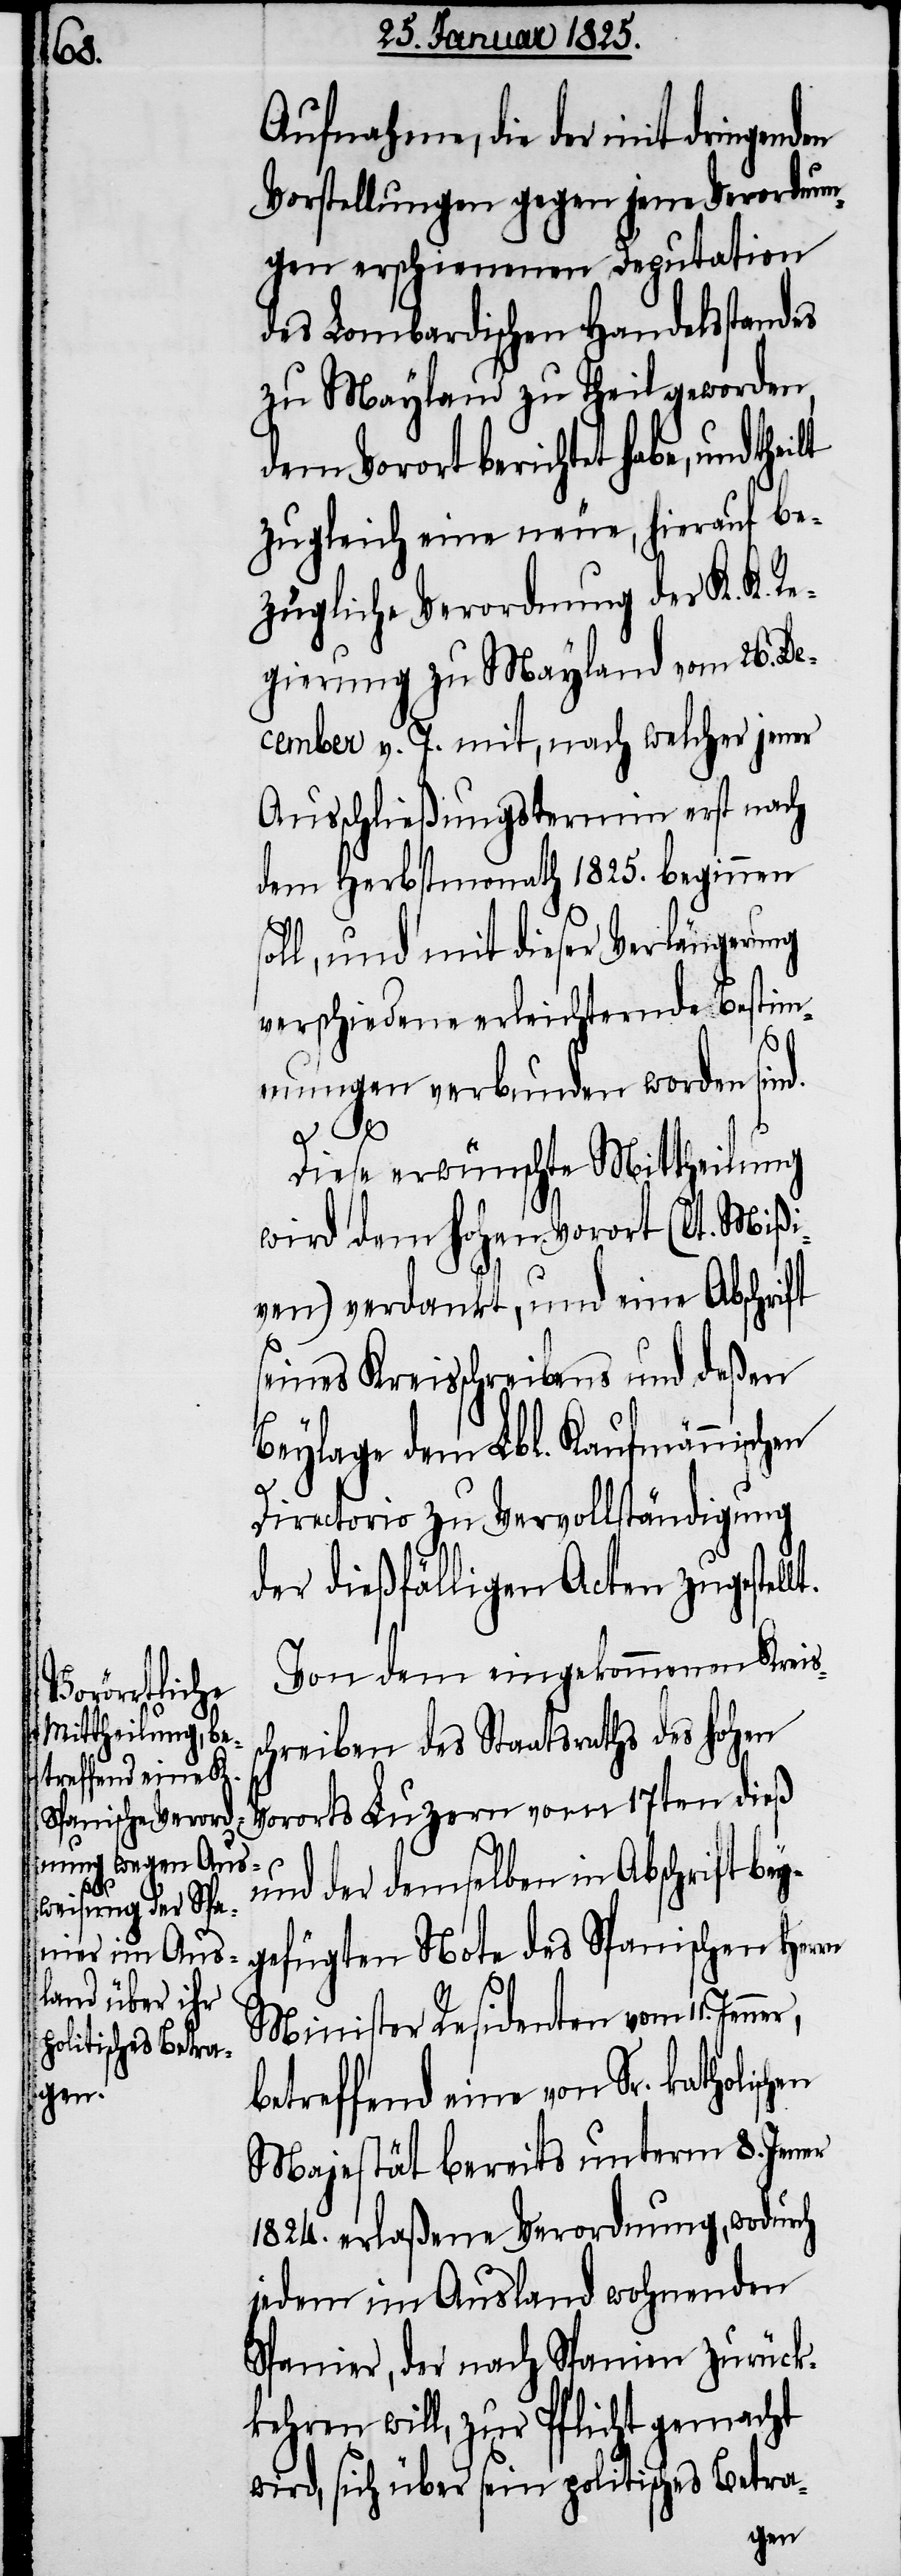
Aufnahme, die der mit dringend¬
Vorstellungen gegen jene Verordnun¬
gen erschienenen Deputation
des Lombardischen Handelsstandes
zu Mayland zu Theil geworden,
dem Vorort berichtet habe, und the¬
zugleich eine neue, hierauf be¬
zügliche Verordnung der K. K. Re¬
gierung zu Mayland vom 26. De¬
cember v. J. mit, nach welcher jener
Ausschließungstermin erst nach
dem Herbstmonath 1825. beginnen
soll, und mit dieser Verlängerung
verschiedene erleichternde Bestim¬
mungen verbunden worden sind.
Diese erwünschte Mittheilung
wird dem hohen Vorort (lt. Mißi¬
ven) verdankt, und eine Abschrift
seines Kreisschreibens und deßen
Beylage dem Lbl. Kaufmännischen
Directorio zu Vervollständigung
der dießfälligen Acten zugestell¬
Von dem eingekommenen Kreis¬
chreiben des Staatsraths des hohen
Vororts Luzern vom 17ten dieß
Spanischen Herrn
und der demselben in Abschrift bey¬
ner,
Minister Residenten vom 11. Jen¬
betreffend eine von Sr. katholi¬
schen
Majestät bereits unterm 8. Jener
1824. erlaßene Verordnung, wodurch
jedem im Ausland wohnenden
Spanier, der nach Spanien zurück¬
kehren will, zur Pflicht gemacht
wird, sich über sein politisches Betra-
ügten